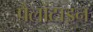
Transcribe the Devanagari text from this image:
पैलांटाइन